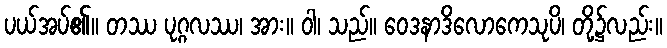
ပယ်အပ်၏။ တဿ ပုဂ္ဂလဿ၊ အား။ ဝါ၊ သည်။ ဝေဒနာဒိလောကေသုပိ၊ တို့၌လည်း။